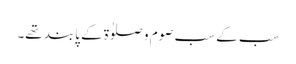
سب کے سب صوم و صلوٰۃ کے پابند تھے۔